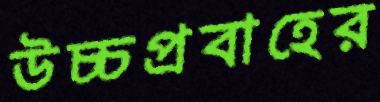
উচ্চপ্রবাহের